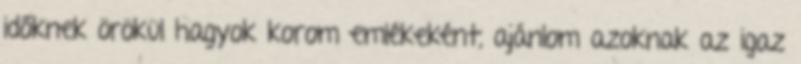
időknek örökül hagyok korom emlékeként, ajánlom azoknak az igaz